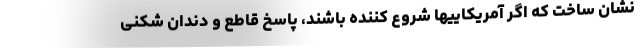
نشان ساخت که اگر آمریکاییها شروع کننده باشند، پاسخ قاطع و دندان شکنی